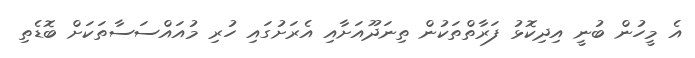
އެ މީހުން ބުނީ އިދިކޮޅު ފަރާތްތަކުން ތިނަދޫއަށާއި އެރަށުގައި ހުރި މުއައްސަސާތަކަށް ބޮޑެތި